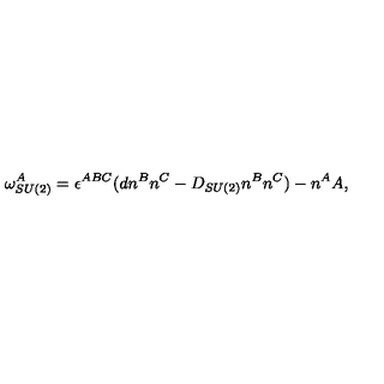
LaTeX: \omega _ { S U ( 2 ) } ^ { A } = \epsilon ^ { A B C } ( d n ^ { B } n ^ { C } - D _ { S U ( 2 ) } n ^ { B } n ^ { C } ) - n ^ { A } A ,